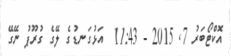
އޮކްޓޯބަރު 7